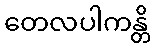
တေလပါကန္တိ